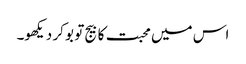
اس میں محبت کا بیج تو بو کر دیکھو۔